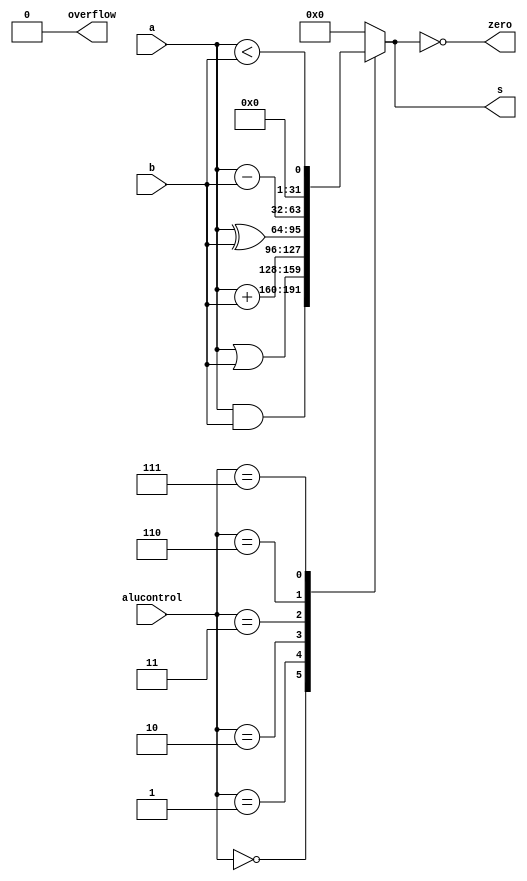
`timescale 1ns / 1ps

module alu(
    input   [31:0] a,
    input   [31:0] b,
    input   [2:0]  alucontrol,
    output reg[31:0] s,
    output zero,
    output overflow
    );
    
    always @(*)
    begin
        case (alucontrol)
            3'b000: s = a & b;      //AND
            3'b001: s = a | b;      //OR
            3'b010: s = a + b;      //ADD
            3'b011: s = a ^ b;      //XOR
            3'b110: s = a - b;      //SUB
            3'b111: s = (a<b);      //SLT
            default: s = 32'b0;
        endcase
    end

    assign zero = (s == 32'b0);
    assign overflow = 1'b0;         //

endmodule